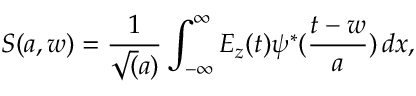
S ( a , w ) = \frac { 1 } { \sqrt ( a ) } \int _ { - \infty } ^ { \infty } E _ { z } ( t ) \psi ^ { \ast } ( \frac { t - w } { a } ) \, d x ,